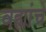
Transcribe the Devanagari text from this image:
वह्यांचे